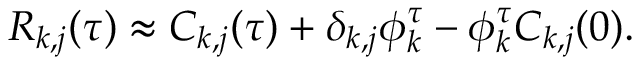
R _ { k , j } ( \tau ) \approx C _ { k , j } ( \tau ) + \delta _ { k , j } \phi _ { k } ^ { \tau } - \phi _ { k } ^ { \tau } C _ { k , j } ( 0 ) .